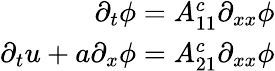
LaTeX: \begin{array}{r}{\partial_{t}\phi=A_{11}^{c}\partial_{xx}\phi}\\ {\partial_{t}u+a\partial_{x}\phi=A_{21}^{c}\partial_{xx}\phi}\end{array}